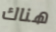
هناك